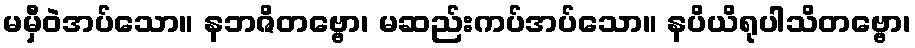
မမှီဝဲအပ်သော။ နဘဇိတဗ္ဗော၊ မဆည်းကပ်အပ်သော။ နပိယိရုပါသိတဗ္ဗော၊